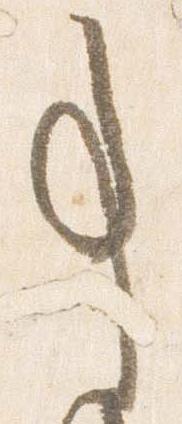
事